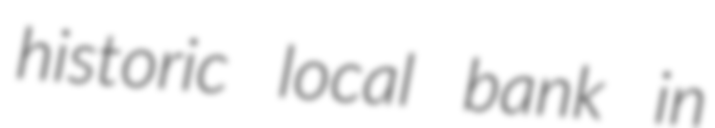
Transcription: historic local bank in